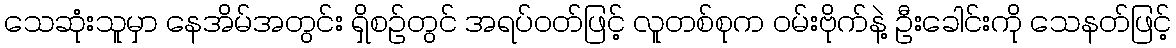
သေဆုံးသူမှာ နေအိမ်အတွင်း ရှိစဉ်တွင် အရပ်ဝတ်ဖြင့် လူတစ်စုက ဝမ်းဗိုက်နဲ့ ဦးခေါင်းကို သေနတ်ဖြင့်